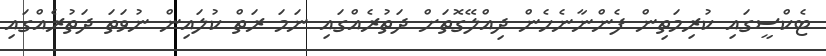
ޓެކްސީގައި ކުރިމަތިން ފެންނާނެހެން ދިއްލޭގޮތަށް ދަތުރެއްގައި ނަމަ ރަތް ކުލައިން ނުވަތަ ދަތުރެއްގައި